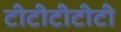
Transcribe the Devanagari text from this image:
टीटीटीटीटी